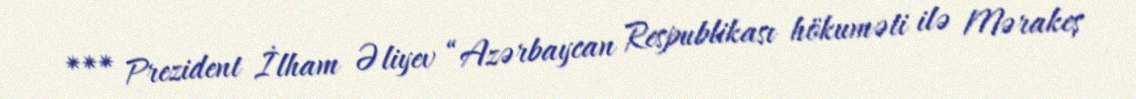
*** Prezident İlham Əliyev “Azərbaycan Respublikası hökuməti ilə Mərakeş